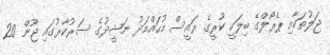
ޖަލުތަކާއި ޕެރޯލްގެ ބިލަކީ ކުރީގެ ރައީސް މުހައްމަދު ނަޝީދުގެ ސަރުކާރުގައި ޖޫން 20